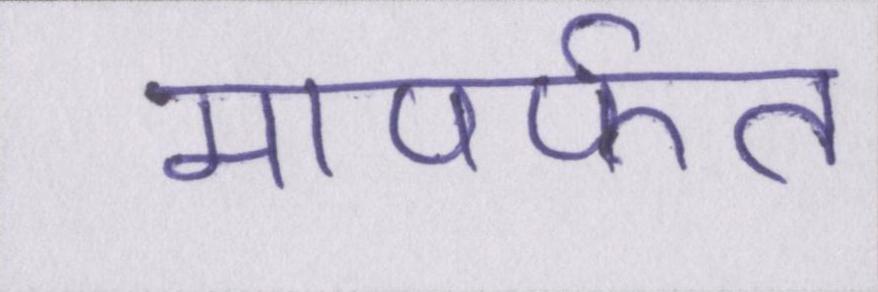
मापर्फत